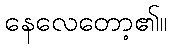
နေလေတော့၏။